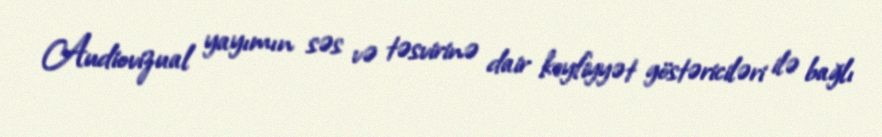
Audiovizual yayımın səs və təsvirinə dair keyfiyyət göstəriciləri ilə bağlı